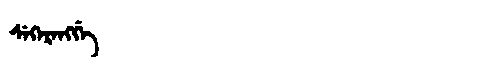
Manchu: ᠰᡝᡴᡝᡵᡝᠩᡤᡝ
Romanization: SEKERENGGE